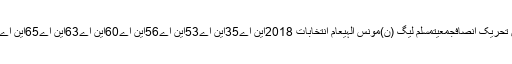
اسمبلیلاہوراسلام آبادقومی اسمبلیفیصل آبادبنوںپاکستان تحریک انصافجمعیتمسلم لیگ (ن)مونس الٰہیعام انتخابات 2018این اے35این اے53این اے56این اے60این اے63این اے65این اے69این اے103این اے129این اے243این اے247